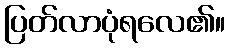
ပြတ်လာပုံရလေ၏။